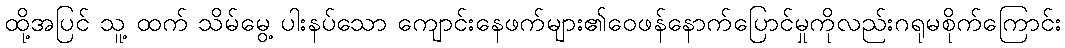
ထို့အပြင် သူ့ ထက် သိမ်မွေ့ ပါးနပ်သော ကျောင်းနေဖက်များ၏ဝေဖန်နောက်ပြောင်မှုကိုလည်းဂရုမစိုက်ကြောင်း